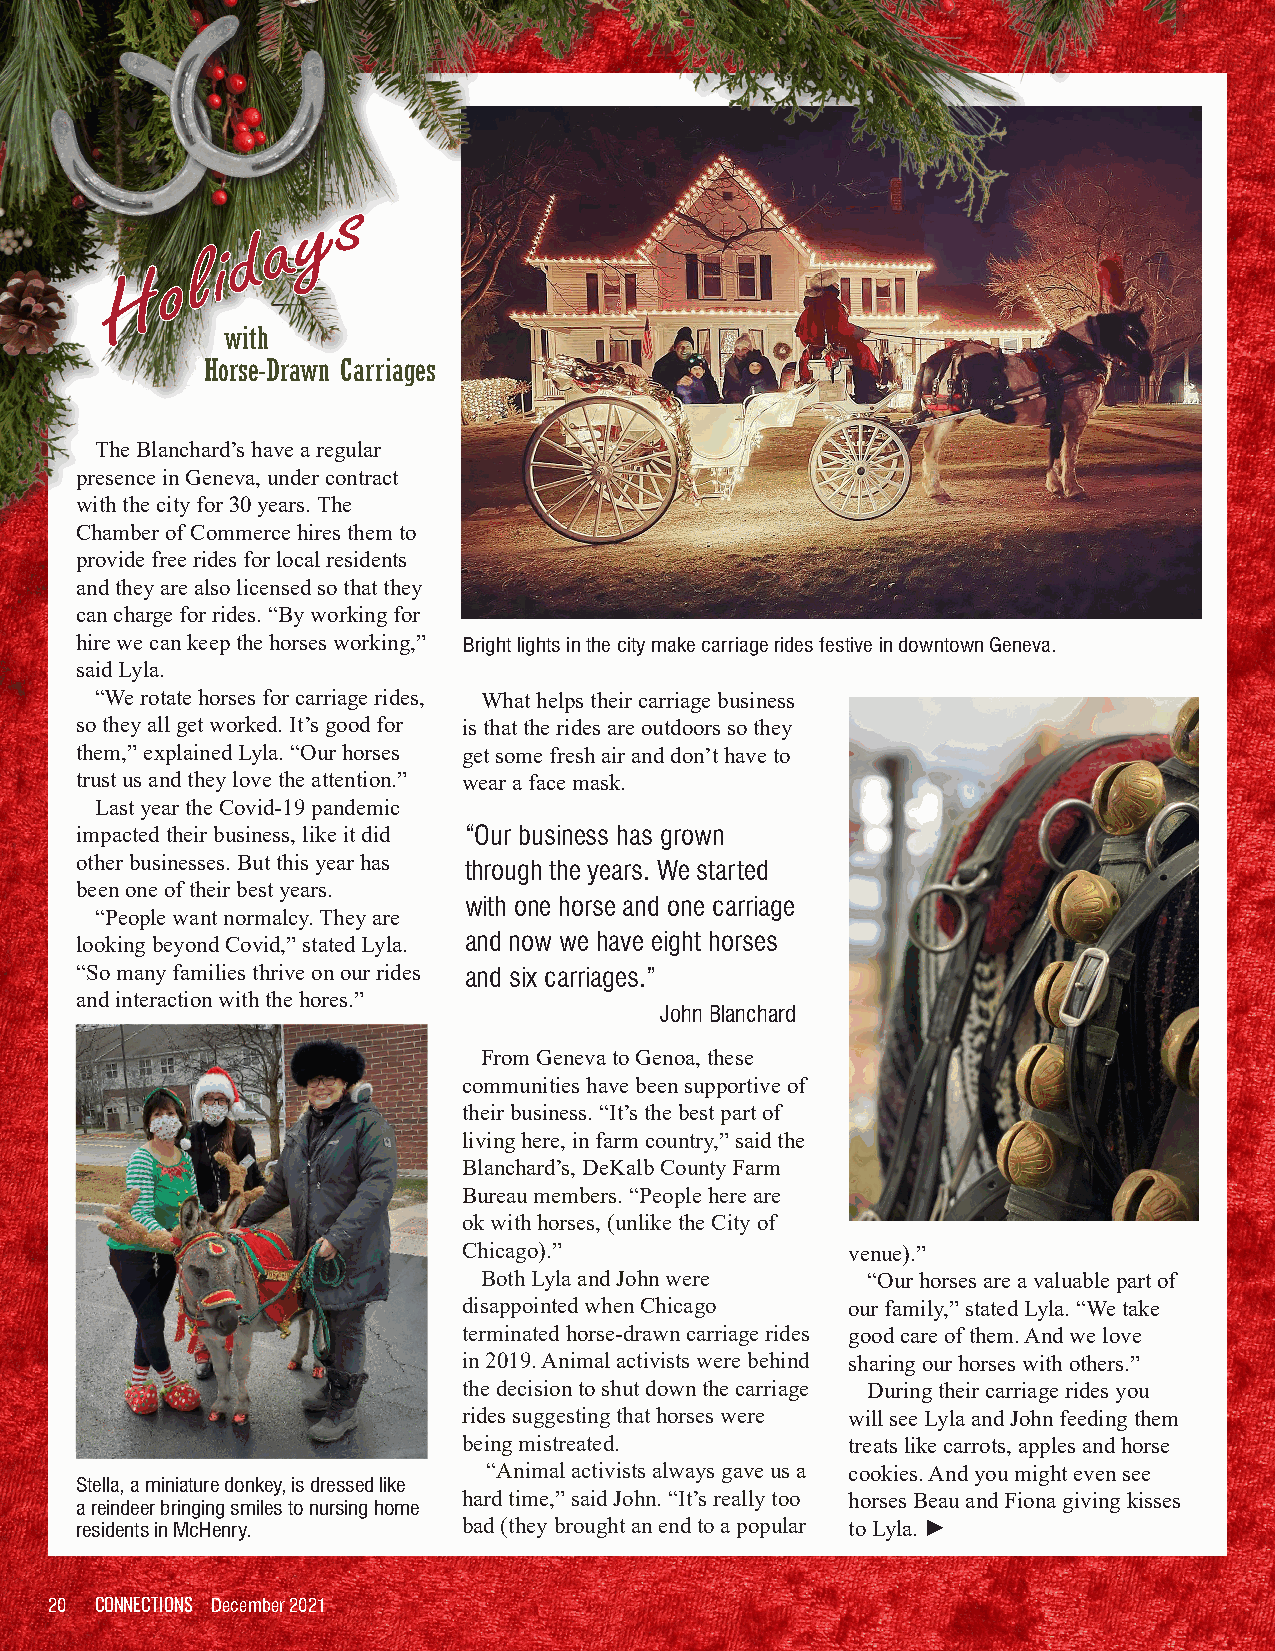
ss
 yy
 aa
 dd
 ii
 ll
 oo
 HH
 with
 Horse-Drawn Carriages
 The Blanchard’s have a regular
 presence in Geneva, under contract
 with the city for 30 years. The
 Chamber of Commerce hires them to
 provide free rides for local residents
 and they are also licensed so that they
 can charge for rides. “By working for
 hire we can keep the horses working,” Bright lights in the city make carriage rides festive in downtown Geneva.
 said Lyla.
 “We rotate horses for carriage rides, What helps their carriage business
 so they all get worked. It’s good for is that the rides are outdoors so they
 them,” explained Lyla. “Our horses get some fresh air and don’t have to
 trust us and they love the attention.” wear a face mask.
 Last year the Covid-19 pandemic
 impacted their business, like it did “Our business has grown
 other businesses. But this year has through the years. We started
 been one of their best years.
 with one horse and one carriage
 “People want normalcy. They are
 looking beyond Covid,” stated Lyla. and now we have eight horses
 “So many families thrive on our rides and six carriages.”
 and interaction with the hores.”
 John Blanchard
 From Geneva to Genoa, these
 communities have been supportive of
 their business. “It’s the best part of
 living here, in farm country,” said the
 Blanchard’s, DeKalb County Farm
 Bureau members. “People here are
 ok with horses, (unlike the City of
 Chicago).”               venue).”
 Both Lyla and John were  “Our horses are a valuable part of
 disappointed when Chicago our family,” stated Lyla. “We take
 terminated horse-drawn carriage rides good care of them. And we love
 in 2019. Animal activists were behind sharing our horses with others.”
 the decision to shut down the carriage During their carriage rides you
 rides suggesting that horses were will see Lyla and John feeding them
 being mistreated.        treats like carrots, apples and horse
 “Animal activists always gave us a cookies. And you might even see
 Stella, a miniature donkey, is dressed like
 hard time,” said John. “It’s really too horses Beau and Fiona giving kisses
 a reindeer bringing smiles to nursing home
 residents in McHenry.     bad (they brought an end to a popular to Lyla. ►
 20 CONNECTIONS December 2021